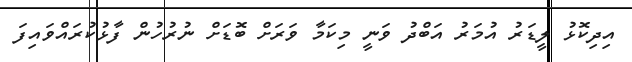
އިދިކޮޅު ލީޑަރު އުމަރު އަބްދު ވަނީ މިކަމާ ވަރަށް ބޮޑަށް ނުރުހުން ފާޅުކުރައްވައިފަ